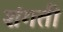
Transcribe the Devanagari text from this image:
शंगती